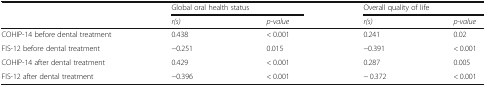
<table><thead><tr><td></td><td colspan="2"><b>Global oral health status</b></td><td colspan="2"><b>Overall quality of life</b></td></tr><tr><td></td><td><b><i>r(s)</i></b></td><td><b><i>p-value</i></b></td><td><b><i>r(s)</i></b></td><td><b><i>p-value</i></b></td></tr></thead><tbody><tr><td>COHIP-14 before dental treatment</td><td>0.438</td><td>&lt; 0.001</td><td>0.241</td><td>0.02</td></tr><tr><td>FIS-12 before dental treatment</td><td>−0.251</td><td>0.015</td><td>−0.391</td><td>&lt; 0.001</td></tr><tr><td>COHIP-14 after dental treatment</td><td>0.429</td><td>&lt; 0.001</td><td>0.287</td><td>0.005</td></tr><tr><td>FIS-12 after dental treatment</td><td>−0.396</td><td>&lt; 0.001</td><td>− 0.372</td><td>&lt; 0.001</td></tr></tbody></table>